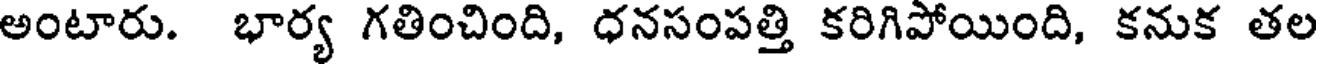
అంటారు. భార్య గతించింది, ధనసంపత్తి కరిగిపోయింది, కనుక తల